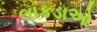
લાકડાઓ